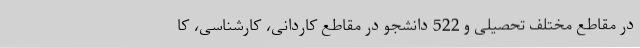
در مقاطع مختلف تحصیلی و 522 دانشجو در مقاطع کاردانی، کارشناسی، کا